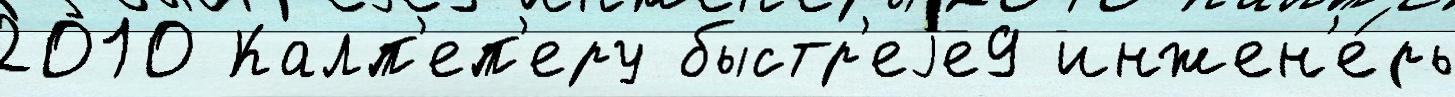
2010 Калп'еп'еру быстр'еjе9 инжен'е́ры